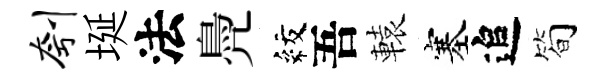
刳埏法鳧紋吾轅塞追筍